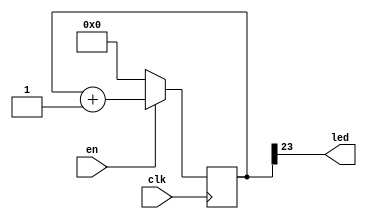


`define NRV_RAM 620

`define RV_DEBUG_ICESUGAR_NANO


`ifdef RV_DEBUG_ICESUGAR_NANO
module led_blink(
				input en,  
                input  clk,
                output led
                );
   reg [25:0] 			  counter;
   assign led = counter[23];

   initial begin
      counter = 0;
   end

   always @(posedge clk)
     begin
        if (en) counter <= counter + 1;
		else counter <= 0;
     end
endmodule

`endif //  `ifdef RV_DEBUG_ICESUGAR_NANO

module flash_spi(
	input clk_led,
	input reset_spi, 
	inout spi_mosi, 
	inout spi_miso,
	input SS,
	input spi_clk,
	output board_led
	);
	
	reg en = 0;
	reg [7:0] recv_send;
	reg [31:0]			MEM[`NRV_RAM:0];
	reg [31:0]			rcv_data_dut;
	wire [31:0] 		word_data_dut;
	reg [5:0]			cnt_rcv = 32;
	reg [5:0]			cnt_snd = 0;
	reg [31:0]			cmd_addr_dut;
	reg 				sds;
	// wire       			receiving_dut = (rcv_bitcount_dut != 0);
	// wire       			sending_dut   = (snd_bitcount_dut != 0);
	assign  			spi_miso  = cmd_addr_dut[31];
   	wire [32 - 1:0] 	addr_dut;
   	assign 				addr_dut = {rcv_data_dut[19:0]};
   	wire [31:0] 		mem2;
   	assign mem2 =  		(cnt_rcv != 0) ? 32'hzzzz : 
   						{ MEM[addr_dut[9 - 1:2]] };

	assign word_data_dut = {mem2[7:0], mem2[15:8], mem2[23:16], mem2[31:24]};
	

	always @(posedge spi_clk) begin
		if (SS == 0) begin
			if (cnt_rcv >= 1 && cnt_snd === 0) begin
				cnt_rcv <= cnt_rcv - 1;
				rcv_data_dut <= {rcv_data_dut[30:0], spi_mosi};
				sds = 0;
		end
		else if (cnt_rcv == 0 && sds == 0) begin
			cmd_addr_dut <= word_data_dut;
			cnt_snd <= 32;
			sds = 1;
		end
		else if (cnt_snd >= 1) begin
			cnt_snd <= cnt_snd - 1;
			cmd_addr_dut <= {cmd_addr_dut[30:0],1'b1};
		end
		end 
		if (cnt_snd == 1) cnt_rcv <= 32;
		if (mem2 == 32'h00002137) en <= 1;
	end
	
		/* for debugging purposes */
	`ifdef RV_DEBUG_ICESUGAR_NANO
		led_blink 
	  			  my_debug_led(
                  .clk(clk_led),     
                  .led(board_led), 
				  .en(en)
				  );
`endif
	// always @(posedge spi_clk) begin
	// 	if (MEM[0] == 32'h004001B7 && MEM[605] == 32'h30703269 && MEM[466] == 32'h01000409)
	// 		en <= 1;
	// 	else en <= 0;
	// end
		always @(posedge reset_spi) begin
		MEM[0] <= 32'h004001B7;
		MEM[1] <= 32'h00002137;
		MEM[2] <= 32'h80010113;
		MEM[3] <= 32'h024000EF;
		MEM[4] <= 32'h00100073;
		MEM[5] <= 32'h00001941;
		MEM[6] <= 32'h73697200;
		MEM[7] <= 32'h01007663;
		MEM[8] <= 32'h0000000F;
		MEM[9] <= 32'h33767205;
		MEM[10] <= 32'h70326932;
		MEM[11] <= 32'h00000030;
		MEM[12] <= 32'h00000517;
		MEM[13] <= 32'h04050513;
		MEM[14] <= 32'h00C000EF;
		MEM[15] <= 32'hFF5FF06F;
		MEM[16] <= 32'h00100073;
		MEM[17] <= 32'h00400113;
		MEM[18] <= 32'h00112023;
		MEM[19] <= 32'h00050393;
		MEM[20] <= 32'h0003C503;
		MEM[21] <= 32'h00050863;
		MEM[22] <= 32'h050000EF;
		MEM[23] <= 32'h00138393;
		MEM[24] <= 32'hFF1FF06F;
		MEM[25] <= 32'h00012083;
		MEM[26] <= 32'h00410113;
		MEM[27] <= 32'h00008067;
		MEM[28] <= 32'h696C6546;
		MEM[29] <= 32'h46206570;
		MEM[30] <= 32'h65727265;
		MEM[31] <= 32'h20617269;
		MEM[32] <= 32'h6373614E;
		MEM[33] <= 32'h6E656D69;
		MEM[34] <= 32'h000A6F74;
		MEM[35] <= 32'h00001941;
		MEM[36] <= 32'h73697200;
		MEM[37] <= 32'h01007663;
		MEM[38] <= 32'h0000000F;
		MEM[39] <= 32'h33767205;
		MEM[40] <= 32'h70326932;
		MEM[41] <= 32'h00000030;
		MEM[42] <= 32'h00A1A423;
		MEM[43] <= 32'h20000293;
		MEM[44] <= 32'h0101A303;
		MEM[45] <= 32'h00537333;
		MEM[46] <= 32'hFE031CE3;
		MEM[47] <= 32'h00008067;
		MEM[48] <= 32'h00001941;
		MEM[49] <= 32'h73697200;
		MEM[50] <= 32'h01007663;
		MEM[51] <= 32'h0000000F;
		MEM[52] <= 32'h33767205;
		MEM[53] <= 32'h70326932;
		MEM[54] <= 32'h00000030;
		MEM[55] <= 32'h00100293;
		MEM[56] <= 32'h01129293;
		MEM[57] <= 32'hFFF28293;
		MEM[58] <= 32'hFE029EE3;
		MEM[59] <= 32'h00008067;
		MEM[60] <= 32'h00001941;
		MEM[61] <= 32'h73697200;
		MEM[62] <= 32'h01007663;
		MEM[63] <= 32'h0000000F;
		MEM[64] <= 32'h33767205;
		MEM[65] <= 32'h70326932;
		MEM[66] <= 32'h00000030;
		MEM[67] <= 32'hFF010113;
		MEM[68] <= 32'h00812423;
		MEM[69] <= 32'h00112623;
		MEM[70] <= 32'h00050413;
		MEM[71] <= 32'h00054503;
		MEM[72] <= 32'h00050A63;
		MEM[73] <= 32'h00140413;
		MEM[74] <= 32'hF81FF0EF;
		MEM[75] <= 32'h00044503;
		MEM[76] <= 32'hFE051AE3;
		MEM[77] <= 32'h00C12083;
		MEM[78] <= 32'h00812403;
		MEM[79] <= 32'h01010113;
		MEM[80] <= 32'h00008067;
		MEM[81] <= 32'hFF010113;
		MEM[82] <= 32'h00812423;
		MEM[83] <= 32'h00112623;
		MEM[84] <= 32'h00050413;
		MEM[85] <= 32'h00054503;
		MEM[86] <= 32'h00050A63;
		MEM[87] <= 32'h00140413;
		MEM[88] <= 32'hF49FF0EF;
		MEM[89] <= 32'h00044503;
		MEM[90] <= 32'hFE051AE3;
		MEM[91] <= 32'h00A00513;
		MEM[92] <= 32'hF39FF0EF;
		MEM[93] <= 32'h00C12083;
		MEM[94] <= 32'h00812403;
		MEM[95] <= 32'h00100513;
		MEM[96] <= 32'h01010113;
		MEM[97] <= 32'h00008067;
		MEM[98] <= 32'hEF010113;
		MEM[99] <= 32'h10912223;
		MEM[100] <= 32'h10112623;
		MEM[101] <= 32'h10812423;
		MEM[102] <= 32'h11212023;
		MEM[103] <= 32'h00050493;
		MEM[104] <= 32'h00055863;
		MEM[105] <= 32'h02D00513;
		MEM[106] <= 32'hF01FF0EF;
		MEM[107] <= 32'h409004B3;
		MEM[108] <= 32'h00010913;
		MEM[109] <= 32'h00090413;
		MEM[110] <= 32'h0200006F;
		MEM[111] <= 32'h4A0000EF;
		MEM[112] <= 32'h00140413;
		MEM[113] <= 32'hFEA40FA3;
		MEM[114] <= 32'h00A00593;
		MEM[115] <= 32'h00048513;
		MEM[116] <= 32'h408000EF;
		MEM[117] <= 32'h00050493;
		MEM[118] <= 32'h00A00593;
		MEM[119] <= 32'h00048513;
		MEM[120] <= 32'hFC049EE3;
		MEM[121] <= 32'hFD240CE3;
		MEM[122] <= 32'hFFF40413;
		MEM[123] <= 32'h00044503;
		MEM[124] <= 32'h03050513;
		MEM[125] <= 32'hEB5FF0EF;
		MEM[126] <= 32'hFF2418E3;
		MEM[127] <= 32'h10C12083;
		MEM[128] <= 32'h10812403;
		MEM[129] <= 32'h10412483;
		MEM[130] <= 32'h10012903;
		MEM[131] <= 32'h11010113;
		MEM[132] <= 32'h00008067;
		MEM[133] <= 32'hFE010113;
		MEM[134] <= 32'h00912A23;
		MEM[135] <= 32'h008204B7;
		MEM[136] <= 32'h00812C23;
		MEM[137] <= 32'h01212823;
		MEM[138] <= 32'h01312623;
		MEM[139] <= 32'h00112E23;
		MEM[140] <= 32'h00050993;
		MEM[141] <= 32'h01C00413;
		MEM[142] <= 32'h47C48493;
		MEM[143] <= 32'hFFC00913;
		MEM[144] <= 32'h0089D7B3;
		MEM[145] <= 32'h00F7F793;
		MEM[146] <= 32'h00F487B3;
		MEM[147] <= 32'h0007C503;
		MEM[148] <= 32'hFFC40413;
		MEM[149] <= 32'hE55FF0EF;
		MEM[150] <= 32'hFF2414E3;
		MEM[151] <= 32'h01C12083;
		MEM[152] <= 32'h01812403;
		MEM[153] <= 32'h01412483;
		MEM[154] <= 32'h01012903;
		MEM[155] <= 32'h00C12983;
		MEM[156] <= 32'h02010113;
		MEM[157] <= 32'h00008067;
		MEM[158] <= 32'hFE010113;
		MEM[159] <= 32'hFFF58593;
		MEM[160] <= 32'h00812C23;
		MEM[161] <= 32'h00112E23;
		MEM[162] <= 32'h00912A23;
		MEM[163] <= 32'h01212823;
		MEM[164] <= 32'h01312623;
		MEM[165] <= 32'h00259413;
		MEM[166] <= 32'h02044863;
		MEM[167] <= 32'h00820937;
		MEM[168] <= 32'h00050493;
		MEM[169] <= 32'hFFC00993;
		MEM[170] <= 32'h47C90913;
		MEM[171] <= 32'h0084D7B3;
		MEM[172] <= 32'h00F7F793;
		MEM[173] <= 32'h00F907B3;
		MEM[174] <= 32'h0007C503;
		MEM[175] <= 32'hFFC40413;
		MEM[176] <= 32'hDE9FF0EF;
		MEM[177] <= 32'hFF3414E3;
		MEM[178] <= 32'h01C12083;
		MEM[179] <= 32'h01812403;
		MEM[180] <= 32'h01412483;
		MEM[181] <= 32'h01012903;
		MEM[182] <= 32'h00C12983;
		MEM[183] <= 32'h02010113;
		MEM[184] <= 32'h00008067;
		MEM[185] <= 32'hFA010113;
		MEM[186] <= 32'h02812C23;
		MEM[187] <= 32'h04F12A23;
		MEM[188] <= 32'h02112E23;
		MEM[189] <= 32'h02912A23;
		MEM[190] <= 32'h03212823;
		MEM[191] <= 32'h03312623;
		MEM[192] <= 32'h03412423;
		MEM[193] <= 32'h03512223;
		MEM[194] <= 32'h03612023;
		MEM[195] <= 32'h01712E23;
		MEM[196] <= 32'h01812C23;
		MEM[197] <= 32'h01912A23;
		MEM[198] <= 32'h01A12823;
		MEM[199] <= 32'h04B12223;
		MEM[200] <= 32'h04C12423;
		MEM[201] <= 32'h04D12623;
		MEM[202] <= 32'h04E12823;
		MEM[203] <= 32'h05012C23;
		MEM[204] <= 32'h05112E23;
		MEM[205] <= 32'h00050413;
		MEM[206] <= 32'h00054503;
		MEM[207] <= 32'h04410793;
		MEM[208] <= 32'h00F12623;
		MEM[209] <= 32'h06050663;
		MEM[210] <= 32'h008209B7;
		MEM[211] <= 32'h02500913;
		MEM[212] <= 32'h07300A93;
		MEM[213] <= 32'h07800B13;
		MEM[214] <= 32'h06400B93;
		MEM[215] <= 32'h06300C13;
		MEM[216] <= 32'h47C98993;
		MEM[217] <= 32'hFFC00A13;
		MEM[218] <= 32'h0280006F;
		MEM[219] <= 32'h00144503;
		MEM[220] <= 32'h00240413;
		MEM[221] <= 32'h09550863;
		MEM[222] <= 32'h0D650863;
		MEM[223] <= 32'h0B750A63;
		MEM[224] <= 32'h07850663;
		MEM[225] <= 32'hD25FF0EF;
		MEM[226] <= 32'h0014C503;
		MEM[227] <= 32'h02050263;
		MEM[228] <= 32'h00140493;
		MEM[229] <= 32'hFD250CE3;
		MEM[230] <= 32'hD11FF0EF;
		MEM[231] <= 32'h00048793;
		MEM[232] <= 32'h00040493;
		MEM[233] <= 32'h0014C503;
		MEM[234] <= 32'h00078413;
		MEM[235] <= 32'hFE0512E3;
		MEM[236] <= 32'h03C12083;
		MEM[237] <= 32'h03812403;
		MEM[238] <= 32'h03412483;
		MEM[239] <= 32'h03012903;
		MEM[240] <= 32'h02C12983;
		MEM[241] <= 32'h02812A03;
		MEM[242] <= 32'h02412A83;
		MEM[243] <= 32'h02012B03;
		MEM[244] <= 32'h01C12B83;
		MEM[245] <= 32'h01812C03;
		MEM[246] <= 32'h01412C83;
		MEM[247] <= 32'h01012D03;
		MEM[248] <= 32'h00000513;
		MEM[249] <= 32'h06010113;
		MEM[250] <= 32'h00008067;
		MEM[251] <= 32'h00C12783;
		MEM[252] <= 32'h0007A503;
		MEM[253] <= 32'h00478793;
		MEM[254] <= 32'h00F12623;
		MEM[255] <= 32'hCADFF0EF;
		MEM[256] <= 32'hF89FF06F;
		MEM[257] <= 32'h00C12783;
		MEM[258] <= 32'h0007AC83;
		MEM[259] <= 32'h00478793;
		MEM[260] <= 32'h00F12623;
		MEM[261] <= 32'h000CC503;
		MEM[262] <= 32'hF60508E3;
		MEM[263] <= 32'h001C8C93;
		MEM[264] <= 32'hC89FF0EF;
		MEM[265] <= 32'h000CC503;
		MEM[266] <= 32'hFE051AE3;
		MEM[267] <= 32'hF5DFF06F;
		MEM[268] <= 32'h00C12783;
		MEM[269] <= 32'h0007A503;
		MEM[270] <= 32'h00478793;
		MEM[271] <= 32'h00F12623;
		MEM[272] <= 32'hD49FF0EF;
		MEM[273] <= 32'hF45FF06F;
		MEM[274] <= 32'h00C12783;
		MEM[275] <= 32'h01C00D13;
		MEM[276] <= 32'h0007AC83;
		MEM[277] <= 32'h00478793;
		MEM[278] <= 32'h00F12623;
		MEM[279] <= 32'h01ACD7B3;
		MEM[280] <= 32'h00F7F793;
		MEM[281] <= 32'h00F987B3;
		MEM[282] <= 32'h0007C503;
		MEM[283] <= 32'hFFCD0D13;
		MEM[284] <= 32'hC39FF0EF;
		MEM[285] <= 32'hFF4D14E3;
		MEM[286] <= 32'hF11FF06F;
		MEM[287] <= 32'h33323130;
		MEM[288] <= 32'h37363534;
		MEM[289] <= 32'h42413938;
		MEM[290] <= 32'h46454443;
		MEM[291] <= 32'h00000000;
		MEM[292] <= 32'h3A434347;
		MEM[293] <= 32'h69532820;
		MEM[294] <= 32'h65766946;
		MEM[295] <= 32'h43434720;
		MEM[296] <= 32'h332E3820;
		MEM[297] <= 32'h322D302E;
		MEM[298] <= 32'h2E303230;
		MEM[299] <= 32'h302E3430;
		MEM[300] <= 32'h2E382029;
		MEM[301] <= 32'h00302E33;
		MEM[302] <= 32'h00001B41;
		MEM[303] <= 32'h73697200;
		MEM[304] <= 32'h01007663;
		MEM[305] <= 32'h00000011;
		MEM[306] <= 32'h72051004;
		MEM[307] <= 32'h69323376;
		MEM[308] <= 32'h00307032;
		MEM[309] <= 32'h00A5E733;
		MEM[310] <= 32'h00377713;
		MEM[311] <= 32'h00050793;
		MEM[312] <= 32'h02070263;
		MEM[313] <= 32'h00060E63;
		MEM[314] <= 32'h00C78633;
		MEM[315] <= 32'h00158593;
		MEM[316] <= 32'hFFF5C703;
		MEM[317] <= 32'h00178793;
		MEM[318] <= 32'hFEE78FA3;
		MEM[319] <= 32'hFEC798E3;
		MEM[320] <= 32'h00008067;
		MEM[321] <= 32'h00300793;
		MEM[322] <= 32'h02C7FE63;
		MEM[323] <= 32'hFFC60893;
		MEM[324] <= 32'hFFC8F893;
		MEM[325] <= 32'h00488893;
		MEM[326] <= 32'h011507B3;
		MEM[327] <= 32'h00058693;
		MEM[328] <= 32'h00050713;
		MEM[329] <= 32'h00468693;
		MEM[330] <= 32'hFFC6A803;
		MEM[331] <= 32'h00470713;
		MEM[332] <= 32'hFF072E23;
		MEM[333] <= 32'hFEE798E3;
		MEM[334] <= 32'h00367613;
		MEM[335] <= 32'h011585B3;
		MEM[336] <= 32'hFA5FF06F;
		MEM[337] <= 32'h00050793;
		MEM[338] <= 32'hF9DFF06F;
		MEM[339] <= 32'h00001B41;
		MEM[340] <= 32'h73697200;
		MEM[341] <= 32'h01007663;
		MEM[342] <= 32'h00000011;
		MEM[343] <= 32'h72051004;
		MEM[344] <= 32'h69323376;
		MEM[345] <= 32'h00307032;
		MEM[346] <= 32'h00820537;
		MEM[347] <= 32'h57450513;
		MEM[348] <= 32'h00008067;
		MEM[349] <= 32'h00000000;
		MEM[350] <= 32'h00001B41;
		MEM[351] <= 32'h73697200;
		MEM[352] <= 32'h01007663;
		MEM[353] <= 32'h00000011;
		MEM[354] <= 32'h72051004;
		MEM[355] <= 32'h69323376;
		MEM[356] <= 32'h00307032;
		MEM[357] <= 32'hC80025F3;
		MEM[358] <= 32'hC0002573;
		MEM[359] <= 32'hC80022F3;
		MEM[360] <= 32'hFE559AE3;
		MEM[361] <= 32'h00008067;
		MEM[362] <= 32'hC82025F3;
		MEM[363] <= 32'hC0202573;
		MEM[364] <= 32'hC82022F3;
		MEM[365] <= 32'hFE559AE3;
		MEM[366] <= 32'h00008067;
		MEM[367] <= 32'h00001941;
		MEM[368] <= 32'h73697200;
		MEM[369] <= 32'h01007663;
		MEM[370] <= 32'h0000000F;
		MEM[371] <= 32'h33767205;
		MEM[372] <= 32'h70326932;
		MEM[373] <= 32'h00000030;
		MEM[374] <= 32'h06054063;
		MEM[375] <= 32'h0605C663;
		MEM[376] <= 32'h00058613;
		MEM[377] <= 32'h00050593;
		MEM[378] <= 32'hFFF00513;
		MEM[379] <= 32'h02060C63;
		MEM[380] <= 32'h00100693;
		MEM[381] <= 32'h00B67A63;
		MEM[382] <= 32'h00C05863;
		MEM[383] <= 32'h00161613;
		MEM[384] <= 32'h00169693;
		MEM[385] <= 32'hFEB66AE3;
		MEM[386] <= 32'h00000513;
		MEM[387] <= 32'h00C5E663;
		MEM[388] <= 32'h40C585B3;
		MEM[389] <= 32'h00D56533;
		MEM[390] <= 32'h0016D693;
		MEM[391] <= 32'h00165613;
		MEM[392] <= 32'hFE0696E3;
		MEM[393] <= 32'h00008067;
		MEM[394] <= 32'h00008293;
		MEM[395] <= 32'hFB5FF0EF;
		MEM[396] <= 32'h00058513;
		MEM[397] <= 32'h00028067;
		MEM[398] <= 32'h40A00533;
		MEM[399] <= 32'h0005D863;
		MEM[400] <= 32'h40B005B3;
		MEM[401] <= 32'hF9DFF06F;
		MEM[402] <= 32'h40B005B3;
		MEM[403] <= 32'h00008293;
		MEM[404] <= 32'hF91FF0EF;
		MEM[405] <= 32'h40A00533;
		MEM[406] <= 32'h00028067;
		MEM[407] <= 32'h00008293;
		MEM[408] <= 32'h0005CA63;
		MEM[409] <= 32'h00054C63;
		MEM[410] <= 32'hF79FF0EF;
		MEM[411] <= 32'h00058513;
		MEM[412] <= 32'h00028067;
		MEM[413] <= 32'h40B005B3;
		MEM[414] <= 32'hFE0558E3;
		MEM[415] <= 32'h40A00533;
		MEM[416] <= 32'hF61FF0EF;
		MEM[417] <= 32'h40B00533;
		MEM[418] <= 32'h00028067;
		MEM[419] <= 32'h00000168;
		MEM[420] <= 32'h00490003;
		MEM[421] <= 32'h01010000;
		MEM[422] <= 32'h000D0EFB;
		MEM[423] <= 32'h01010101;
		MEM[424] <= 32'h01000000;
		MEM[425] <= 32'h2E010000;
		MEM[426] <= 32'h2E2E2F2E;
		MEM[427] <= 32'h2F2E2E2F;
		MEM[428] <= 32'h2E2F2E2E;
		MEM[429] <= 32'h69722F2E;
		MEM[430] <= 32'h2D766373;
		MEM[431] <= 32'h2F636367;
		MEM[432] <= 32'h6762696C;
		MEM[433] <= 32'h632F6363;
		MEM[434] <= 32'h69666E6F;
		MEM[435] <= 32'h69722F67;
		MEM[436] <= 32'h00766373;
		MEM[437] <= 32'h76696400;
		MEM[438] <= 32'h0100532E;
		MEM[439] <= 32'h00000000;
		MEM[440] <= 32'h05D80205;
		MEM[441] <= 32'hC4030082;
		MEM[442] <= 32'h01030100;
		MEM[443] <= 32'h01000409;
		MEM[444] <= 32'h04090403;
		MEM[445] <= 32'h01030100;
		MEM[446] <= 32'h01000409;
		MEM[447] <= 32'h04090103;
		MEM[448] <= 32'h01030100;
		MEM[449] <= 32'h01000409;
		MEM[450] <= 32'h04090103;
		MEM[451] <= 32'h01030100;
		MEM[452] <= 32'h01000409;
		MEM[453] <= 32'h04090203;
		MEM[454] <= 32'h01030100;
		MEM[455] <= 32'h01000409;
		MEM[456] <= 32'h04090103;
		MEM[457] <= 32'h01030100;
		MEM[458] <= 32'h01000409;
		MEM[459] <= 32'h04090203;
		MEM[460] <= 32'h02030100;
		MEM[461] <= 32'h01000409;
		MEM[462] <= 32'h04090103;
		MEM[463] <= 32'h01030100;
		MEM[464] <= 32'h01000409;
		MEM[465] <= 32'h04090203;
		MEM[466] <= 32'h01030100;
		MEM[467] <= 32'h01000409;
		MEM[468] <= 32'h04090103;
		MEM[469] <= 32'h02030100;
		MEM[470] <= 32'h01000409;
		MEM[471] <= 32'h04090503;
		MEM[472] <= 32'h01030100;
		MEM[473] <= 32'h01000409;
		MEM[474] <= 32'h04090103;
		MEM[475] <= 32'h01030100;
		MEM[476] <= 32'h01000409;
		MEM[477] <= 32'h04090503;
		MEM[478] <= 32'h01030100;
		MEM[479] <= 32'h01000409;
		MEM[480] <= 32'h04090103;
		MEM[481] <= 32'h01030100;
		MEM[482] <= 32'h01000409;
		MEM[483] <= 32'h04090203;
		MEM[484] <= 32'h02030100;
		MEM[485] <= 32'h01000409;
		MEM[486] <= 32'h04090103;
		MEM[487] <= 32'h01030100;
		MEM[488] <= 32'h01000409;
		MEM[489] <= 32'h04090103;
		MEM[490] <= 32'h04030100;
		MEM[491] <= 32'h01000409;
		MEM[492] <= 32'h04090103;
		MEM[493] <= 32'h01030100;
		MEM[494] <= 32'h01000409;
		MEM[495] <= 32'h04090203;
		MEM[496] <= 32'h01030100;
		MEM[497] <= 32'h01000409;
		MEM[498] <= 32'h04090103;
		MEM[499] <= 32'h02030100;
		MEM[500] <= 32'h01000409;
		MEM[501] <= 32'h04090103;
		MEM[502] <= 32'h02030100;
		MEM[503] <= 32'h01000409;
		MEM[504] <= 32'h04090103;
		MEM[505] <= 32'h01030100;
		MEM[506] <= 32'h01000409;
		MEM[507] <= 32'h04090103;
		MEM[508] <= 32'h04090100;
		MEM[509] <= 32'h01010000;
		MEM[510] <= 32'h00000022;
		MEM[511] <= 32'h081E0002;
		MEM[512] <= 32'h01040082;
		MEM[513] <= 32'h0082068C;
		MEM[514] <= 32'h008205D8;
		MEM[515] <= 32'h0082068C;
		MEM[516] <= 32'h00820858;
		MEM[517] <= 32'h0082088B;
		MEM[518] <= 32'h0082095B;
		MEM[519] <= 32'h11018001;
		MEM[520] <= 32'h11061000;
		MEM[521] <= 32'h03011201;
		MEM[522] <= 32'h250E1B0E;
		MEM[523] <= 32'h0005130E;
		MEM[524] <= 32'h00000000;
		MEM[525] <= 32'h00000000;
		MEM[526] <= 32'h0000001C;
		MEM[527] <= 32'h07F80002;
		MEM[528] <= 32'h00040082;
		MEM[529] <= 32'h00000000;
		MEM[530] <= 32'h008205D8;
		MEM[531] <= 32'h000000B4;
		MEM[532] <= 32'h00000000;
		MEM[533] <= 32'h00000000;
		MEM[534] <= 32'h2E2F2E2E;
		MEM[535] <= 32'h2E2E2F2E;
		MEM[536] <= 32'h2F2E2E2F;
		MEM[537] <= 32'h722F2E2E;
		MEM[538] <= 32'h76637369;
		MEM[539] <= 32'h6363672D;
		MEM[540] <= 32'h62696C2F;
		MEM[541] <= 32'h2F636367;
		MEM[542] <= 32'h666E6F63;
		MEM[543] <= 32'h722F6769;
		MEM[544] <= 32'h76637369;
		MEM[545] <= 32'h7669642F;
		MEM[546] <= 32'h2F00532E;
		MEM[547] <= 32'h61726373;
		MEM[548] <= 32'h2F686374;
		MEM[549] <= 32'h6B6E656A;
		MEM[550] <= 32'h2F736E69;
		MEM[551] <= 32'h6B726F77;
		MEM[552] <= 32'h63617073;
		MEM[553] <= 32'h70742F65;
		MEM[554] <= 32'h72662D70;
		MEM[555] <= 32'h6F646565;
		MEM[556] <= 32'h6F742D6D;
		MEM[557] <= 32'h2F736C6F;
		MEM[558] <= 32'h30707074;
		MEM[559] <= 32'h742D2D33;
		MEM[560] <= 32'h636C6F6F;
		MEM[561] <= 32'h6E696168;
		MEM[562] <= 32'h6C6E6F2D;
		MEM[563] <= 32'h61702D79;
		MEM[564] <= 32'h67616B63;
		MEM[565] <= 32'h732D2D65;
		MEM[566] <= 32'h74617263;
		MEM[567] <= 32'h632D6863;
		MEM[568] <= 32'h74737261;
		MEM[569] <= 32'h2F676E65;
		MEM[570] <= 32'h2F6A626F;
		MEM[571] <= 32'h5F363878;
		MEM[572] <= 32'h6C2D3436;
		MEM[573] <= 32'h78756E69;
		MEM[574] <= 32'h7562752D;
		MEM[575] <= 32'h3175746E;
		MEM[576] <= 32'h75622F34;
		MEM[577] <= 32'h2F646C69;
		MEM[578] <= 32'h63736972;
		MEM[579] <= 32'h6E672D76;
		MEM[580] <= 32'h6F742D75;
		MEM[581] <= 32'h68636C6F;
		MEM[582] <= 32'h2F6E6961;
		MEM[583] <= 32'h6C697562;
		MEM[584] <= 32'h63672D64;
		MEM[585] <= 32'h656E2D63;
		MEM[586] <= 32'h62696C77;
		MEM[587] <= 32'h6174732D;
		MEM[588] <= 32'h2F326567;
		MEM[589] <= 32'h63736972;
		MEM[590] <= 32'h2D343676;
		MEM[591] <= 32'h6E6B6E75;
		MEM[592] <= 32'h2D6E776F;
		MEM[593] <= 32'h2F666C65;
		MEM[594] <= 32'h32337672;
		MEM[595] <= 32'h6C692F69;
		MEM[596] <= 32'h2F323370;
		MEM[597] <= 32'h6762696C;
		MEM[598] <= 32'h47006363;
		MEM[599] <= 32'h4120554E;
		MEM[600] <= 32'h2E322053;
		MEM[601] <= 32'h41003233;
		MEM[602] <= 32'h00000019;
		MEM[603] <= 32'h63736972;
		MEM[604] <= 32'h0F010076;
		MEM[605] <= 32'h05000000;
		MEM[606] <= 32'h32337672;
		MEM[607] <= 32'h30703269;
	end

	
endmodule